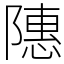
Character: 䧥